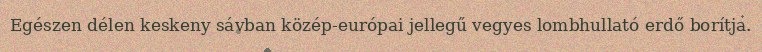
Egészen délen keskeny sávban közép-európai jellegű vegyes lombhullató erdő borítja.